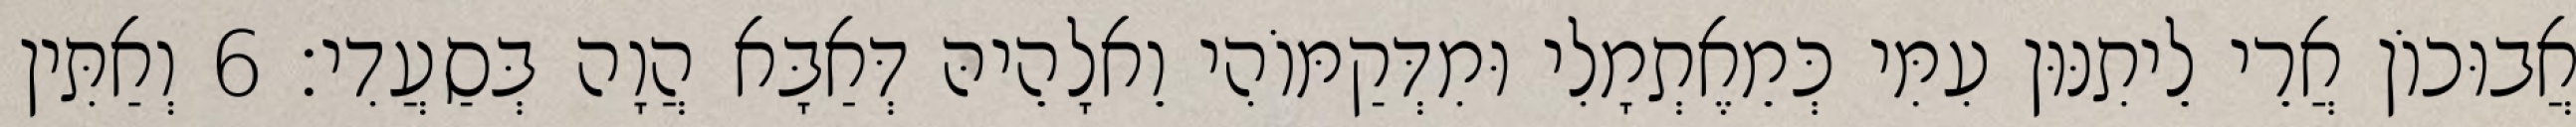
אֲבוּכוֹן אֲרֵי לֵיתִנּוּן עִמִּי כְּמֵאֶתְמָלִי וּמִדְּקַמּוֹהִי וֵאלָהֵיהּ דְּאַבָּא הֲוָה בְּסַעֲדִי׃ 6 וְאַתִּין